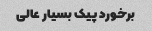
برخورد پیک بسیار عالی